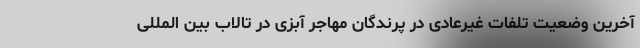
آخرین وضعیت تلفات غیرعادی در پرندگان مهاجر آبزی در تالاب بین المللی